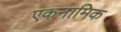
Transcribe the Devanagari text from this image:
एकनामिक